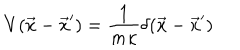
LaTeX: V ( \vec { x } - \vec { x } ^ { \prime } ) = { \frac { 1 } { m \kappa } } \delta ( \vec { x } - \vec { x } ^ { \prime } )